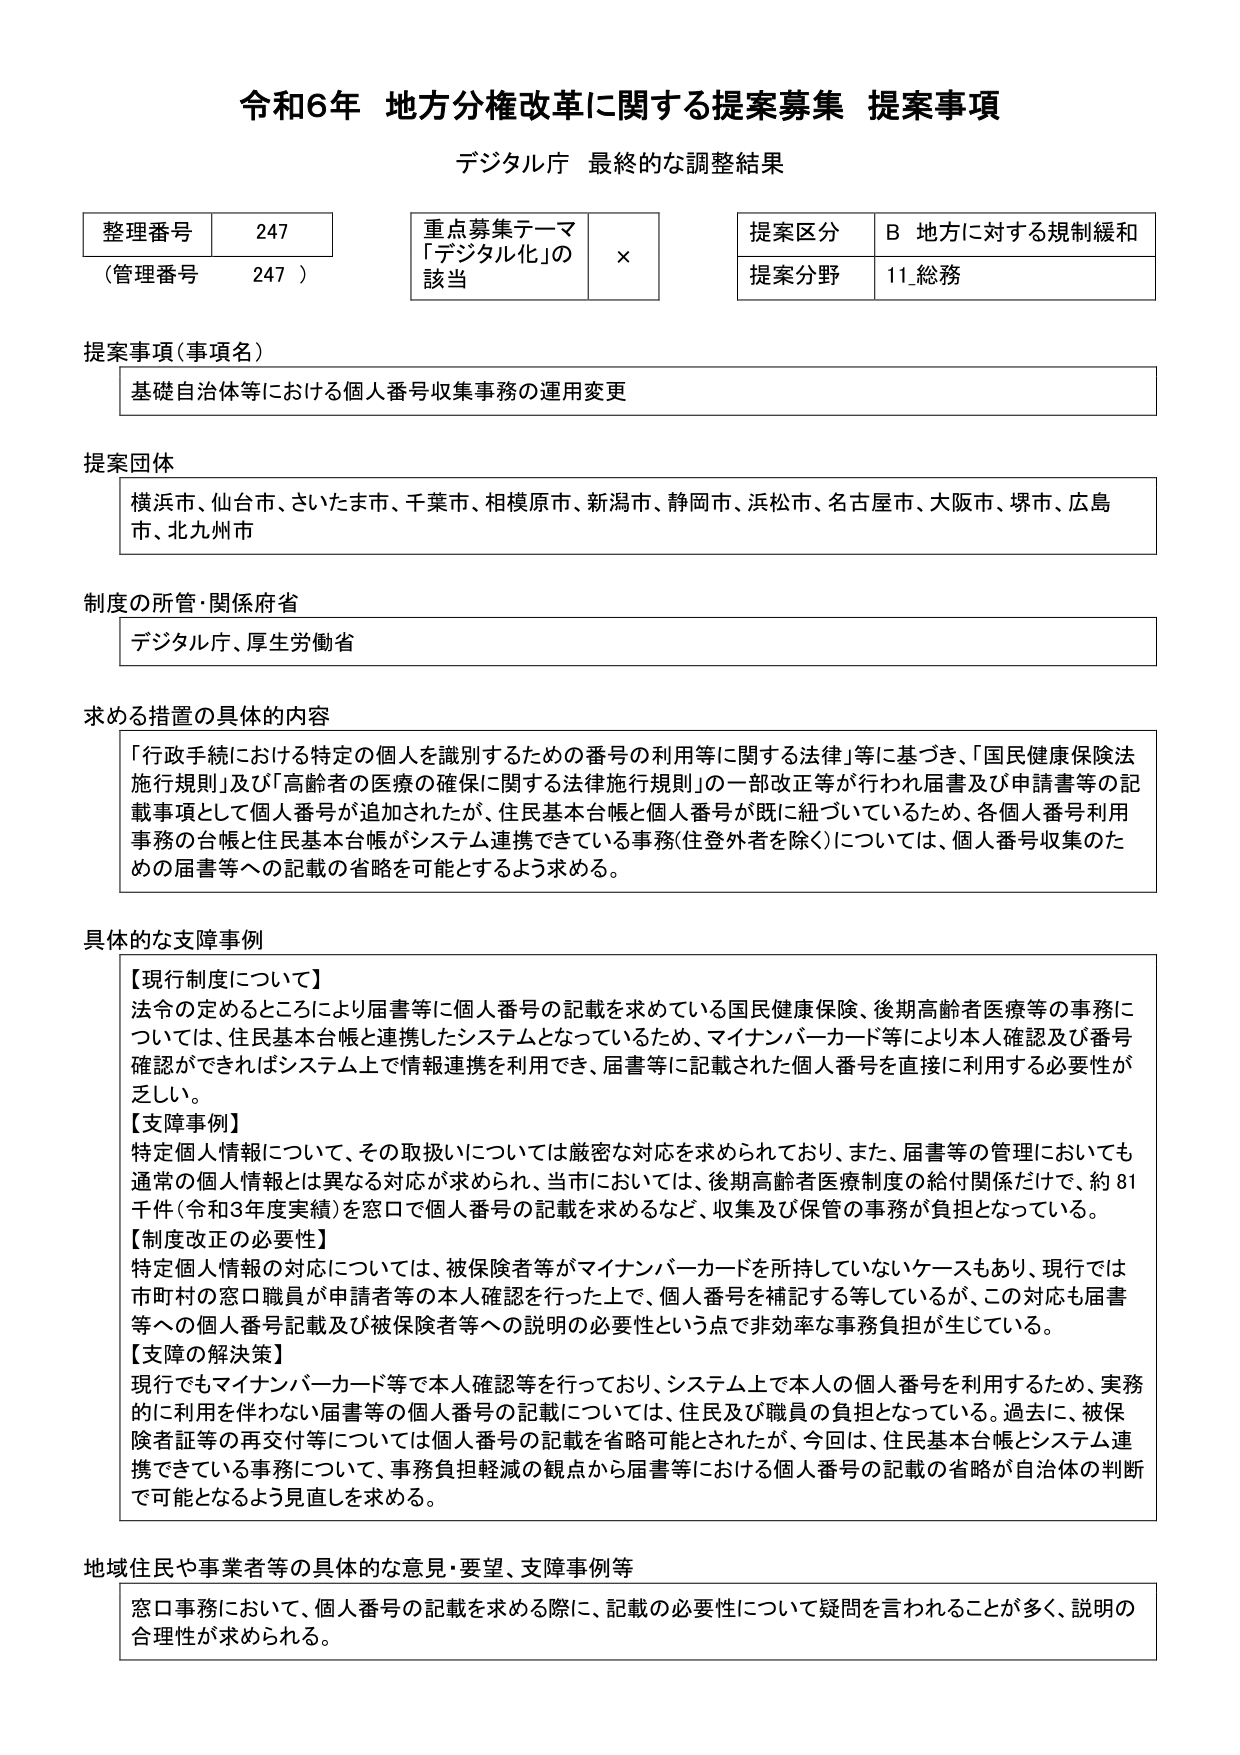
令和6年 地方分権改革に関する提案募集 提案事項
デジタル庁 最終的な調整結果

整理番号 247
（管理番号 247）

重点募集テーマ
「デジタル化」の該当 ×

提案区分 B 地方に対する規制緩和
提案分野 11 総務

提案事項（事項名）
基礎自治体等における個人番号収集事務の運用変更

提案団体
横浜市、仙台市、さいたま市、千葉市、相模原市、新潟市、静岡市、浜松市、名古屋市、大阪市、堺市、広島市、北九州市

制度の所管・関係府省
デジタル庁、厚生労働省

求める措置の具体的内容
「行政手続における特定の個人を識別するための番号の利用等に関する法律」等に基づき、「国民健康保険法施行規則」及び「高齢者の医療の確保に関する法律施行規則」の一部改正等が行われ届書及び申請書等の記載事項として個人番号が追加されたが、住民基本台帳と個人番号が既に紐づいているため、各個人番号利用事務の台帳と住民基本台帳がシステム連携できている事務（住登外者を除く）については、個人番号収集のための届書等への記載の省略を可能とするよう求める。

具体的な支障事例
【現行制度について】
法令の定めるところにより届書等に個人番号の記載を求めている国民健康保険、後期高齢者医療等の事務については、住民基本台帳と連携したシステムとなっているため、マイナンバーカード等により本人確認及び番号確認ができればシステム上で情報連携を利用でき、届書等に記載された個人番号を直接に利用する必要性が乏しい。
【支障事例】
特定個人情報について、その取扱いについては厳密な対応を求められており、また、届書等の管理においても通常の個人情報とは異なる対応が求められ、当市においては、後期高齢者医療制度の給付関係だけで、約81千件（令和3年度実績）を窓口で個人番号の記載を求めるなど、収集及び保管の事務が負担となっている。
【制度改正の必要性】
特定個人情報の対応については、被保険者等がマイナンバーカードを所持していないケースもあり、現行では市町村の窓口職員が申請者等の本人確認を行った上で、個人番号を補記する等しているが、この対応も届書等への個人番号記載及び被保険者等への説明の必要性という点で非効率な事務負担が生じている。
【支障の解決策】
現行でもマイナンバーカード等で本人確認等を行っており、システム上で本人の個人番号を利用するため、実務的に利用を伴わない届書等の個人番号の記載については、住民及び職員の負担となっている。過去に、被保険者証等の再交付等については個人番号の記載を省略可能とされたが、今回は、住民基本台帳とシステム連携できている事務について、事務負担軽減の観点から届書等における個人番号の記載の省略が自治体の判断で可能となるよう見直しを求める。

地域住民や事業者等の具体的な意見・要望、支障事例等
窓口事務において、個人番号の記載を求める際に、記載の必要性について疑問を言われることが多く、説明の合理性が求められる。